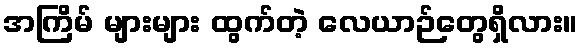
အကြိမ် များများ ထွက်တဲ့ လေယာဉ်တွေရှိလား။